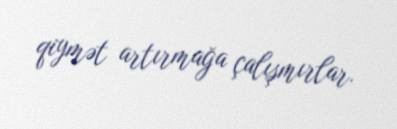
qiymət artırmağa çalışmırlar.